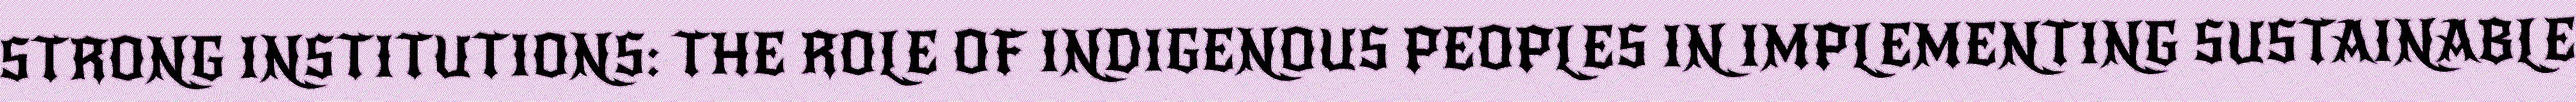
STRONG INSTITUTIONS: THE ROLE OF INDIGENOUS PEOPLES IN IMPLEMENTING SUSTAINABLE